Kures,_Voldemar, lk 15
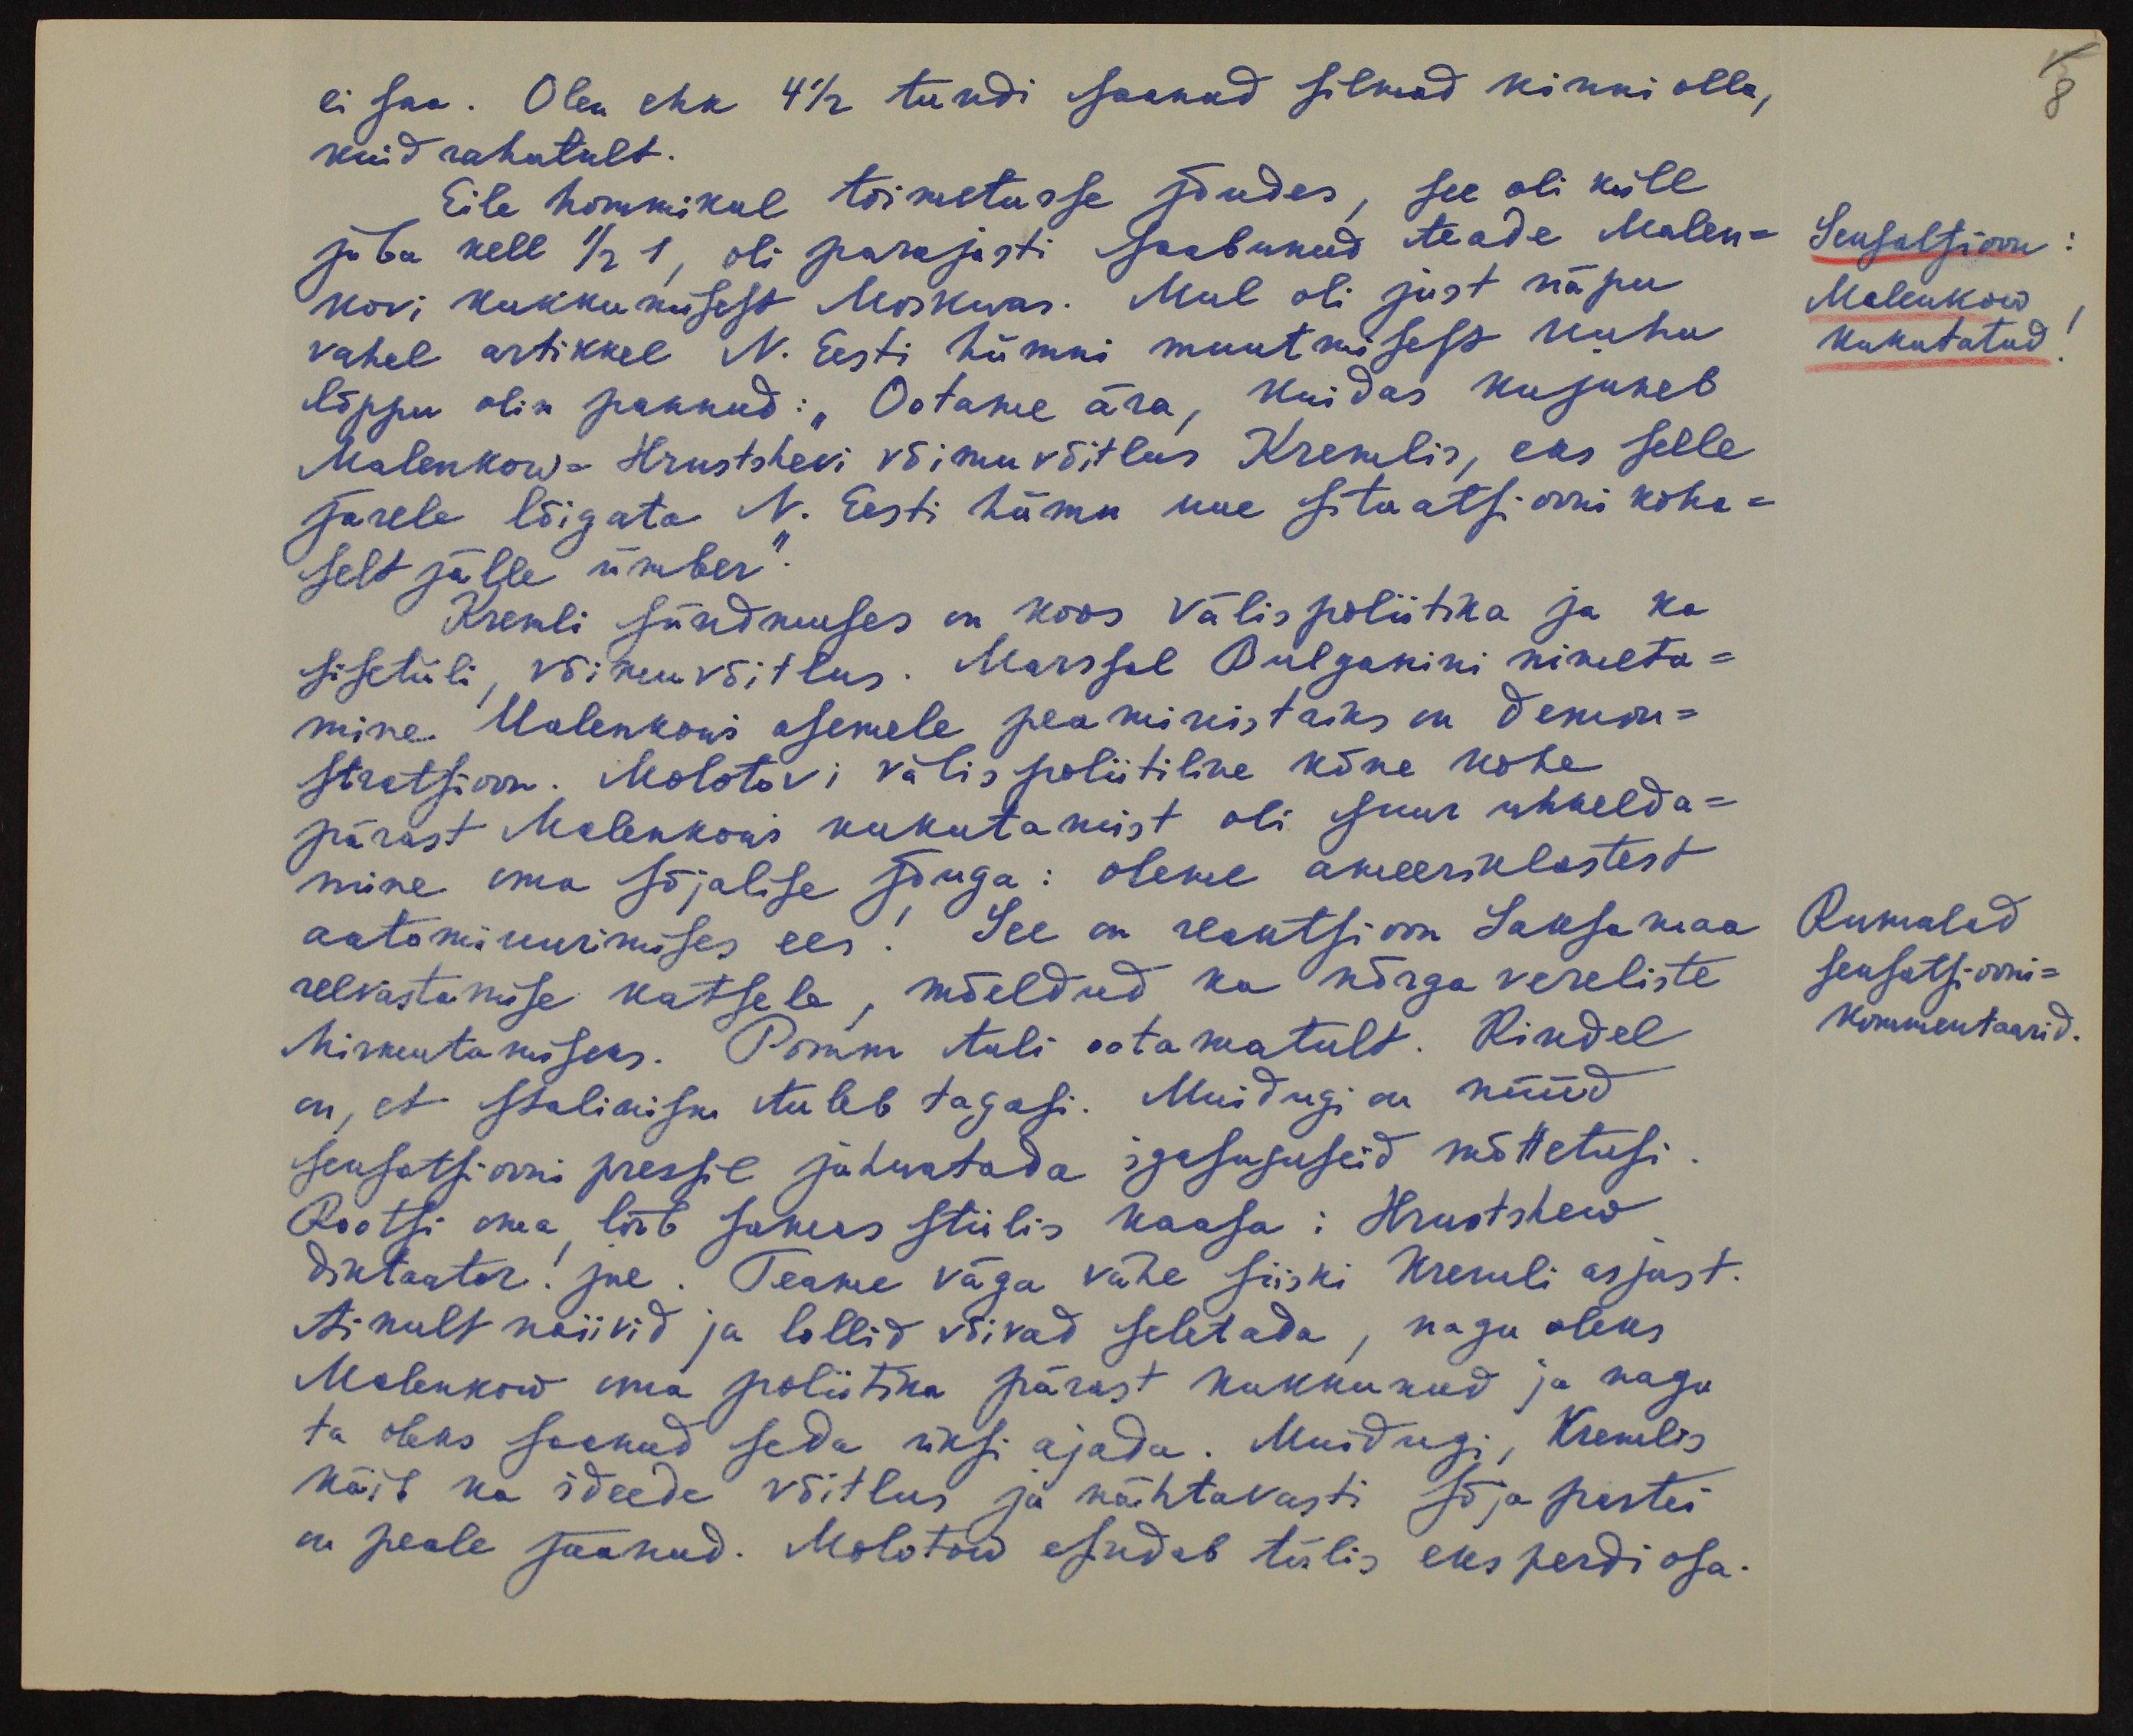
8
ei saa. Olen ehk 4 1/2 tundi saanud silmad kinni olla,
kuid rahutult.
Eile hommikul toimetusse jõudes, see oli küll
juba kell 1/2 1, oli parajasti saabunud teade Malen-
kovi kukkumisest Moskvas. Mul oli just näpu
Sensatsioon:
Мalenkow
kukutatud.
vahel artikkel N. Eesti hümni muutmiseks kuhu
lõppu olin pannud: "Ootame ära, kuidas kujuneb
Malenkow-Hrustshovi võimu võitlus Kremlis, eks selle
järele lõigata N. Eesti hümn uue situatsiooni kohe-
selt jälle ümber."
Kremli sündmuses on koos välispoliitka ja ka
sisetüli, võimuvõitlus. Marssal Bulganini nimeta-
mine Malenkowi asemele peaministriks on demon-
stratsioon. Molotovi välispoliitiline kõne kohe
pärast Malenkowi kukutamist oli suur uhkelda-
mine oma sõjalise jõuga: oleme ameeriklastest
aatomi uurimises ees! See on reaktsioon Saksamaa
Rumalad
sensatsiooni-
kommentaarid.
relvastamise katsele, mõeldud ka nõrga vereliste
hirmutamiseks. Pomm tuli ootamatult. Kindel
on, et stalinism tuleb tagasi. Muidugi on nüüd
sensatsiooni pressil jutustada igasuguseid mõttetusi
Rootsi oma teeb samas stiilis kaasa: Hrustshow
diktaator! jne. Teame väga vähe siiski Kremli asjast.
Ainult naiivid ja lollid võivad seletada, nagu oleks
Malenkow oma poliitika pärast kukkunud ja nagu
ta oleks saanud seda üksi ajada. Muidugi, Kremlis
käib ka ideede võitlus ja nähtavasti sõja partei
on peale jäänud. Molotow esindab tülis eksperdi osa.